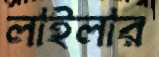
লাইলার